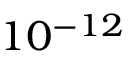
1 0 ^ { - 1 2 }